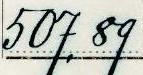
507,89